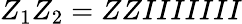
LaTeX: Z_{1}Z_{2}=ZZIIIIIII